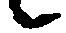
候